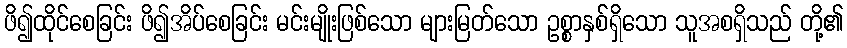
ဖိ၍ထိုင်စေခြင်း ဖိ၍အိပ်စေခြင်း မင်းမျိုးဖြစ်သော များမြတ်သော ဥစ္စာနှစ်ရှိသော သူအစရှိသည် တို့၏